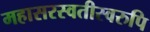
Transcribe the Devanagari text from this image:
महासरस्वतीस्वरुपि